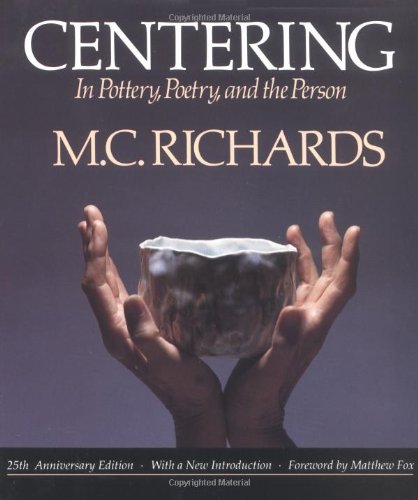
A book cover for Centering in Pottery, Poetry, and the Person; Mary Caroline Richards; Crafts, Hobbies & Home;